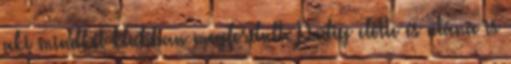
aki mindkét klubban megfordult. Pedig előtte és utána is